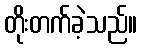
တိုးတက်ခဲ့သည်။